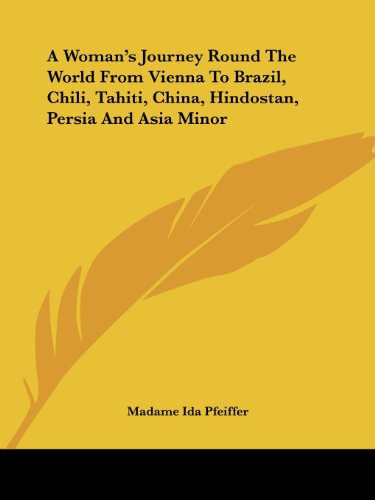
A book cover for A Woman's Journey Round The World From Vienna To Brazil, Chili, Tahiti, China, Hindostan, Persia And Asia Minor; Madame Ida Pfeiffer; Travel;